Vaccination in the Punjab 1919-1929 - 1919-1929
Year: 1919
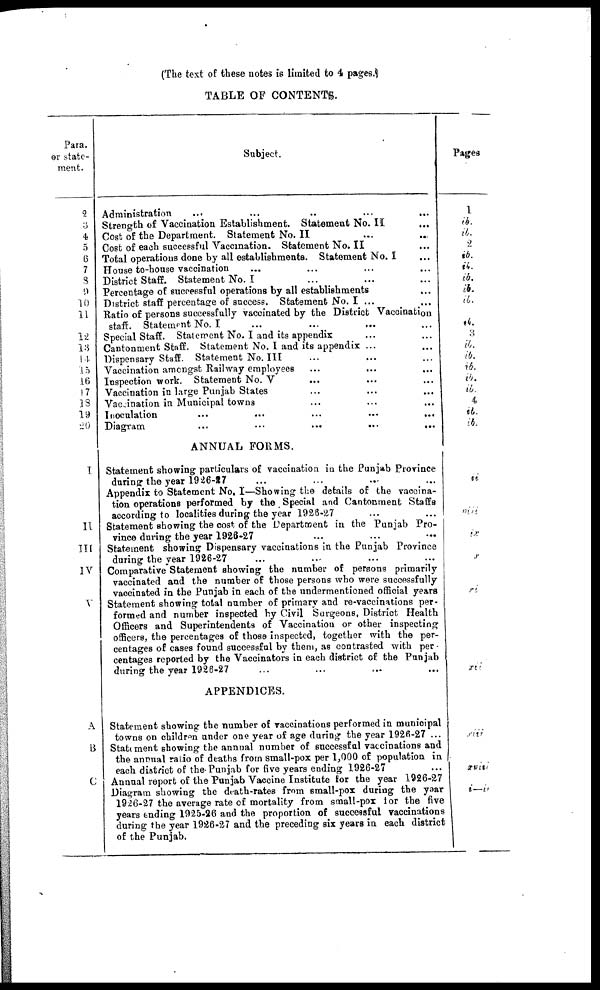
(The text of these notes is limited to 4 pages.)
TABLE OF CONTENTS.
Para.
or state-
ment.
2
3
4
5
6
7
8
9
10
11
12
13
14
15
16
17
18
19
20
I
II
III
IV
V
A
B
C
Subject.
Administration
...
...
..
...
...
Strength of Vaccination Establishment. Statement No. II ...
Cost of the Department. Statement No. II ... ...
Cost of each successful Vaccination. Statement No.II ...
Total operations done by all establishments. Statement No. I
House to-house vaccination ... ... ... ...
District Staff. Statement No. I ... ... ...
Percentage of successful operations by all establishments ...
District staff percentage of success. Statement No. I ... ...
Ratio of persons successfully vaccinated by the District Vaccination
staff. Statement No. I ... ... ... ...
Special Staff. Statement No. I and its appendix ... ...
Cantonment Staff. Statement No. I and its appendix ... ...
Dispensary Staff. Statement No. III ... ... ...
Vaccination amongst Railway employees ... ... ...
Inspection work. Statement No. V ... ... ...
Vaccination in large Punjab States ... ... ...
Vaccination in Municipal towns ... ... ...
Inoculation
...
...
...
...
...
Diagram
...
...
...
...
...
ANNUAL FORMS.
Statement showing particulars of vaccination in the Punjab Province
during the year 1926-27 ... ... ... ...
Appendix to Statement No. I—Showing the details of the vaccina-
tion operations performed by the Special and Cantonment Staffs
according to localities during the year 1928-27
Statement showing the cost of the Department in the Punjab Pro-
vince during the year 1926-27
Statement showing Dispensary vaccinations in the Punjab Province
during the year 1926-27 ... ... ... ...
Comparative Statement showing the number of persons primarily
vaccinated and the number of those persons who were successfully
vaccinated in the Punjab in each of the undermentioned official years
Statement showing total number of primary and re-vaccinations per-
formed and number inspected by Civil Surgeons, District Health
Officers and Superintendents of Vaccination or other inspecting
officers, the percentages of those inspected, together with the per-
centages of cases found successful by them, as contrasted with per-
centages reported by the Vaccinators in each district of the Punjab
during the year 1926-27 ... ... ... ...
APPENDICES.
Statement showing the number of vaccinations performed in municipal
towns on children under one year of age during the year 1926-27 ...
Statement showing the annual number of successful vaccinations and
the annual ratio of deaths from small-pox per 1,000 of population in
each district of the Punjab for five years ending 1926-27
Annual report of the Punjab Vaccine Institute for the year 1926-27
Diagram showing the death-rates from small-pox during the year
1926-27 the average rate of mortality from small-pox lor the five
years ending 1925-26 and the proportion of successful vaccinations
during the year 1926-27 and the preceding six years in each district
of the Punjab.
Pages
1
ib.
ib.
2
ib.
ib.
ib.
ib.
ib.
ib.
3
ib.
ib.
ib.
ib.
ib.
4
ib.
ib.
ii
viii
ix
x
xi
xii
xiii
xviii
i—ii